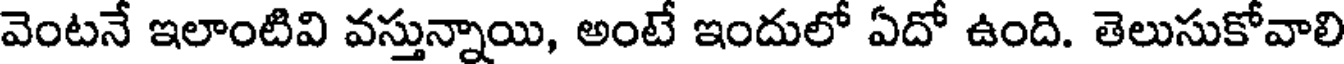
వెంటనే ఇలాంటివి వస్తున్నాయి, అంటే ఇందులో ఏదో ఉంది. తెలుసుకోవాలి